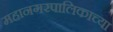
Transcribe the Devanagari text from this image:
महानगरपालिकाच्या